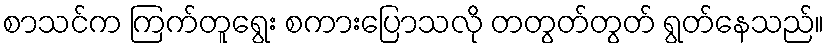
စာသင်က ကြက်တူရွေး စကားပြောသလို တတွတ်တွတ် ရွတ်နေသည်။